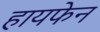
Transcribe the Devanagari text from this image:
हायफेन